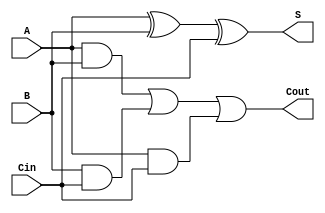
module full_adder_1bit(A, B, Cin, S, Cout);

input A, B, Cin;

output S, Cout;


assign S = A ^ B ^ Cin;

assign Cout = (A & B) | (B & Cin) | (A & Cin);

endmodule